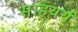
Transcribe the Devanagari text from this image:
साहयर्य